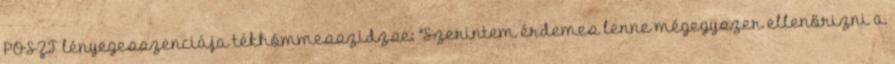
POSZT lényegesszenciája tékhómmesszidzse: "Szerintem érdemes lenne mégegyszer ellenőrizni a